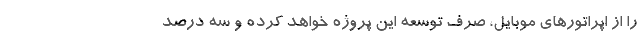
را از اپراتورهای موبایل، صرف توسعه این پروژه خواهد کرده و سه درصد